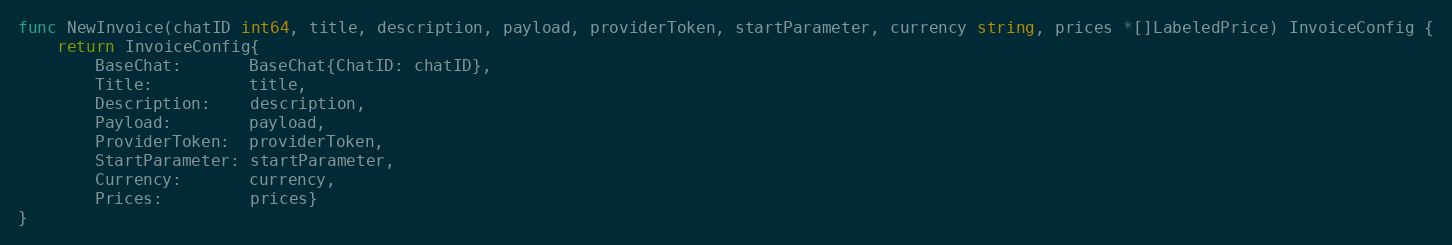
Language: Go
func NewInvoice(chatID int64, title, description, payload, providerToken, startParameter, currency string, prices *[]LabeledPrice) InvoiceConfig {
	return InvoiceConfig{
		BaseChat:       BaseChat{ChatID: chatID},
		Title:          title,
		Description:    description,
		Payload:        payload,
		ProviderToken:  providerToken,
		StartParameter: startParameter,
		Currency:       currency,
		Prices:         prices}
}